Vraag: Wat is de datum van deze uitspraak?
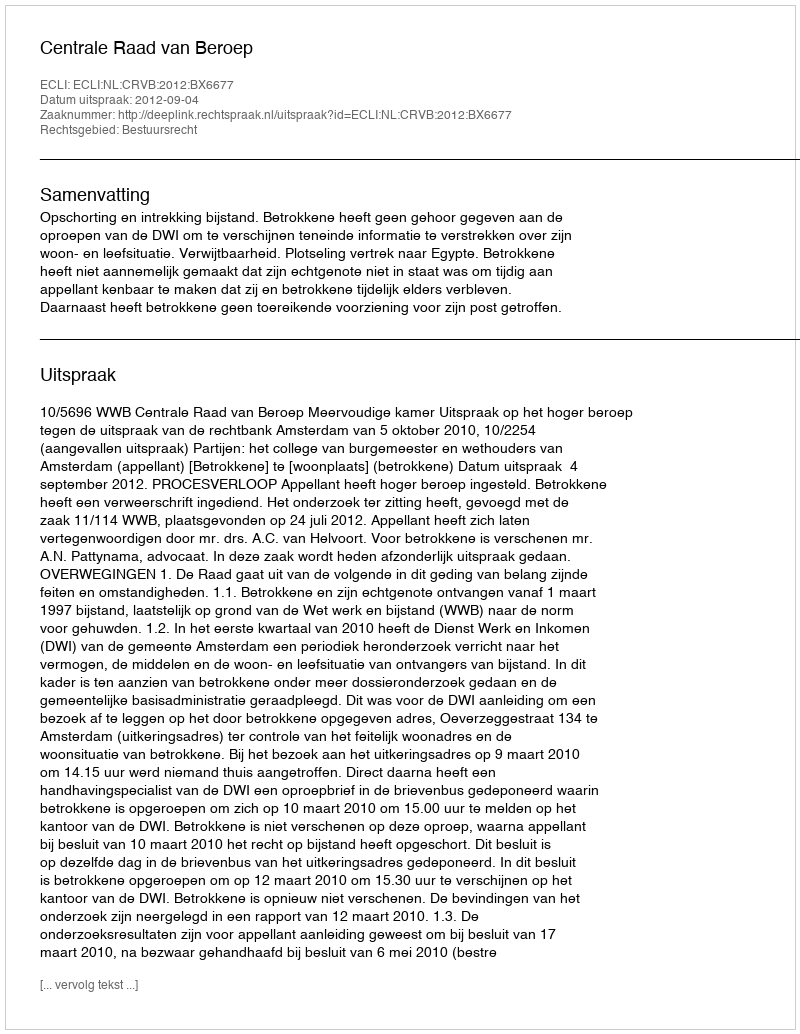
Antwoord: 2012-09-04